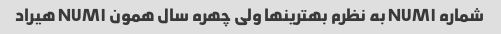
شماره NUM۱ به نظرم بهترینها ولی چهره سال همون NUM۱ هیراد